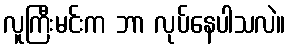
လူကြီးမင်းက ဘာ လုပ်နေပါသလဲ။